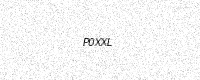
Text: P0XXL